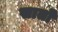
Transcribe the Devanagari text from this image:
सार्तों